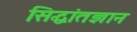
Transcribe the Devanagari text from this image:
सिद्धांतज्ञान